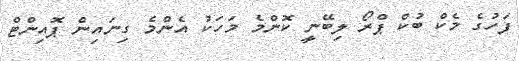
ފަހުގެ މެކް ބުކް ޕްރޯ ލިބޭނީ ކޮންމެ މަހަކު އެންމެ ގިނައިން ޕޮއިންޓް